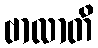
ဗာလာတိ